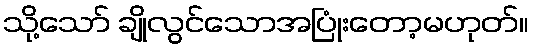
သို့သော် ချိုလွင်သောအပြုံးတော့မဟုတ်။